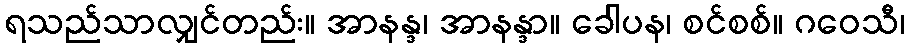
ရသည်သာလျှင်တည်း။ အာနန္ဒ၊ အာနန္ဒာ။ ခေါပန၊ စင်စစ်။ ဂဝေသီ၊